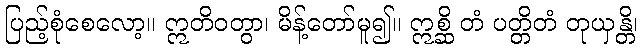
ပြည့်စုံစေလော့။ ဣတိဝတွာ၊ မိန့်တော်မူ၍။ ဣစ္ဆိ တံ ပတ္တိတံ တုယှန္တိ၊